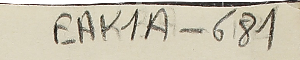
EAK1A - 681